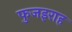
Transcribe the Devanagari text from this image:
फुजइराह